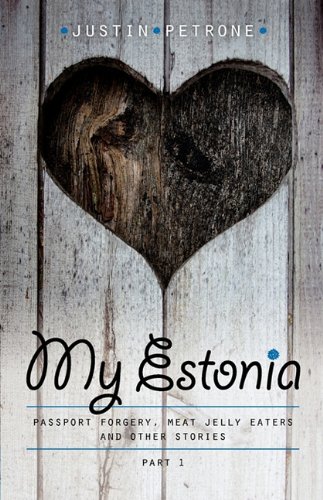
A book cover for My Estonia: Passport Forgery, Meat Jelly Eaters, and Other Stories; Justin Petrone; Travel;